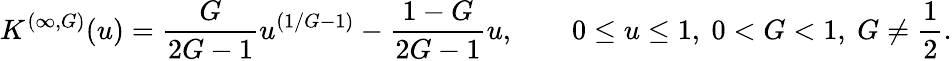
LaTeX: K^{(\infty,G)}(u)=\frac{G}{2G-1}u^{\left(1/G-1\right)}-\frac{1-G}{2G-1}u,\qquad 0\le u\le 1,\ 0<G<1,\ G\neq\frac{1}{2}.